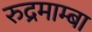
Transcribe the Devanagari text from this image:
रुद्रमाम्बा